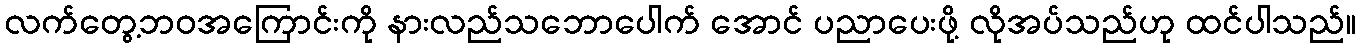
လက်တွေ့ဘဝအကြောင်းကို နားလည်သဘောပေါက် အောင် ပညာပေးဖို့ လိုအပ်သည်ဟု ထင်ပါသည်။